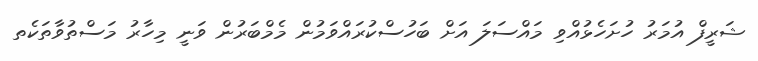
ޝަރީފް އުމަރު ހުށަހެޅުއްވި މައްސަލަ އަށް ބަހުސްކުރައްވަމުން މެމްބަރުން ވަނީ މިހާރު މަސްތުވާތަކެތ